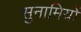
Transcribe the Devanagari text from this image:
सुनामियों